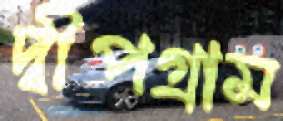
দ্বীপগ্রাম